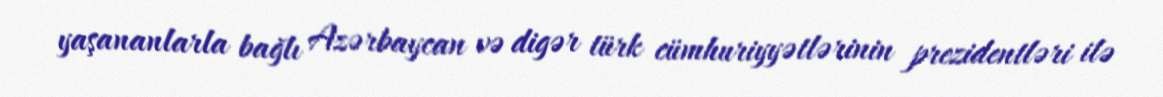
yaşananlarla bağlı Azərbaycan və digər türk cümhuriyyətlərinin prezidentləri ilə